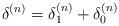
LaTeX: \begin{align*}\delta^{(n)}=\delta_1^{(n)}+\delta_0^{(n)} \end{align*}